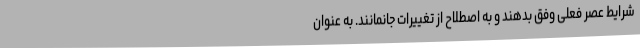
شرایط عصر فعلی وفق بدهند و به اصطلاح از تغییرات جانمانند. به عنوان